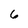
Character: 6